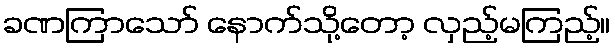
ခဏကြာသော် နောက်သို့တော့ လှည့်မကြည့်။